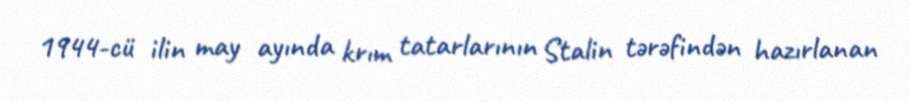
1944-cü ilin may ayında krım tatarlarının Stalin tərəfindən hazırlanan